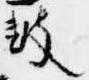
鼓